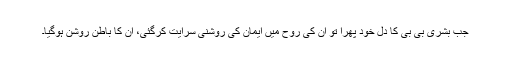
جب بشریٰ بی بی کا دل خود پھرا تو ان کی روح میں ایمان کی روشنی سرایت کرگئی، ان کا باطن روشن ہوگیا۔